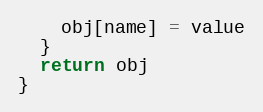
Language: JavaScript
    obj[name] = value
  }
  return obj
}